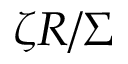
\zeta R / \Sigma